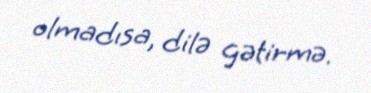
olmadısa, dilə gətirmə.